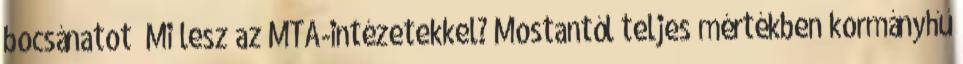
bocsánatot” Mi lesz az MTA-intézetekkel? Mostantól teljes mértékben kormányhű